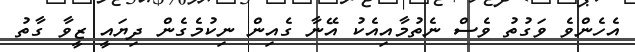
އެހެންވެ ވަގުތު ވެސް ނެތުމާއިއެކު އޭނާ ގެއިން ނިކުމެގެން ދިޔައީ ޒީވާ ގާތު